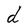
Character: d